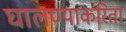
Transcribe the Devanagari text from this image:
घालण्याकरिता